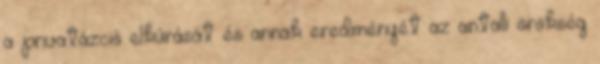
a privatázció elkúrását és annak eredményét az antalli örökség